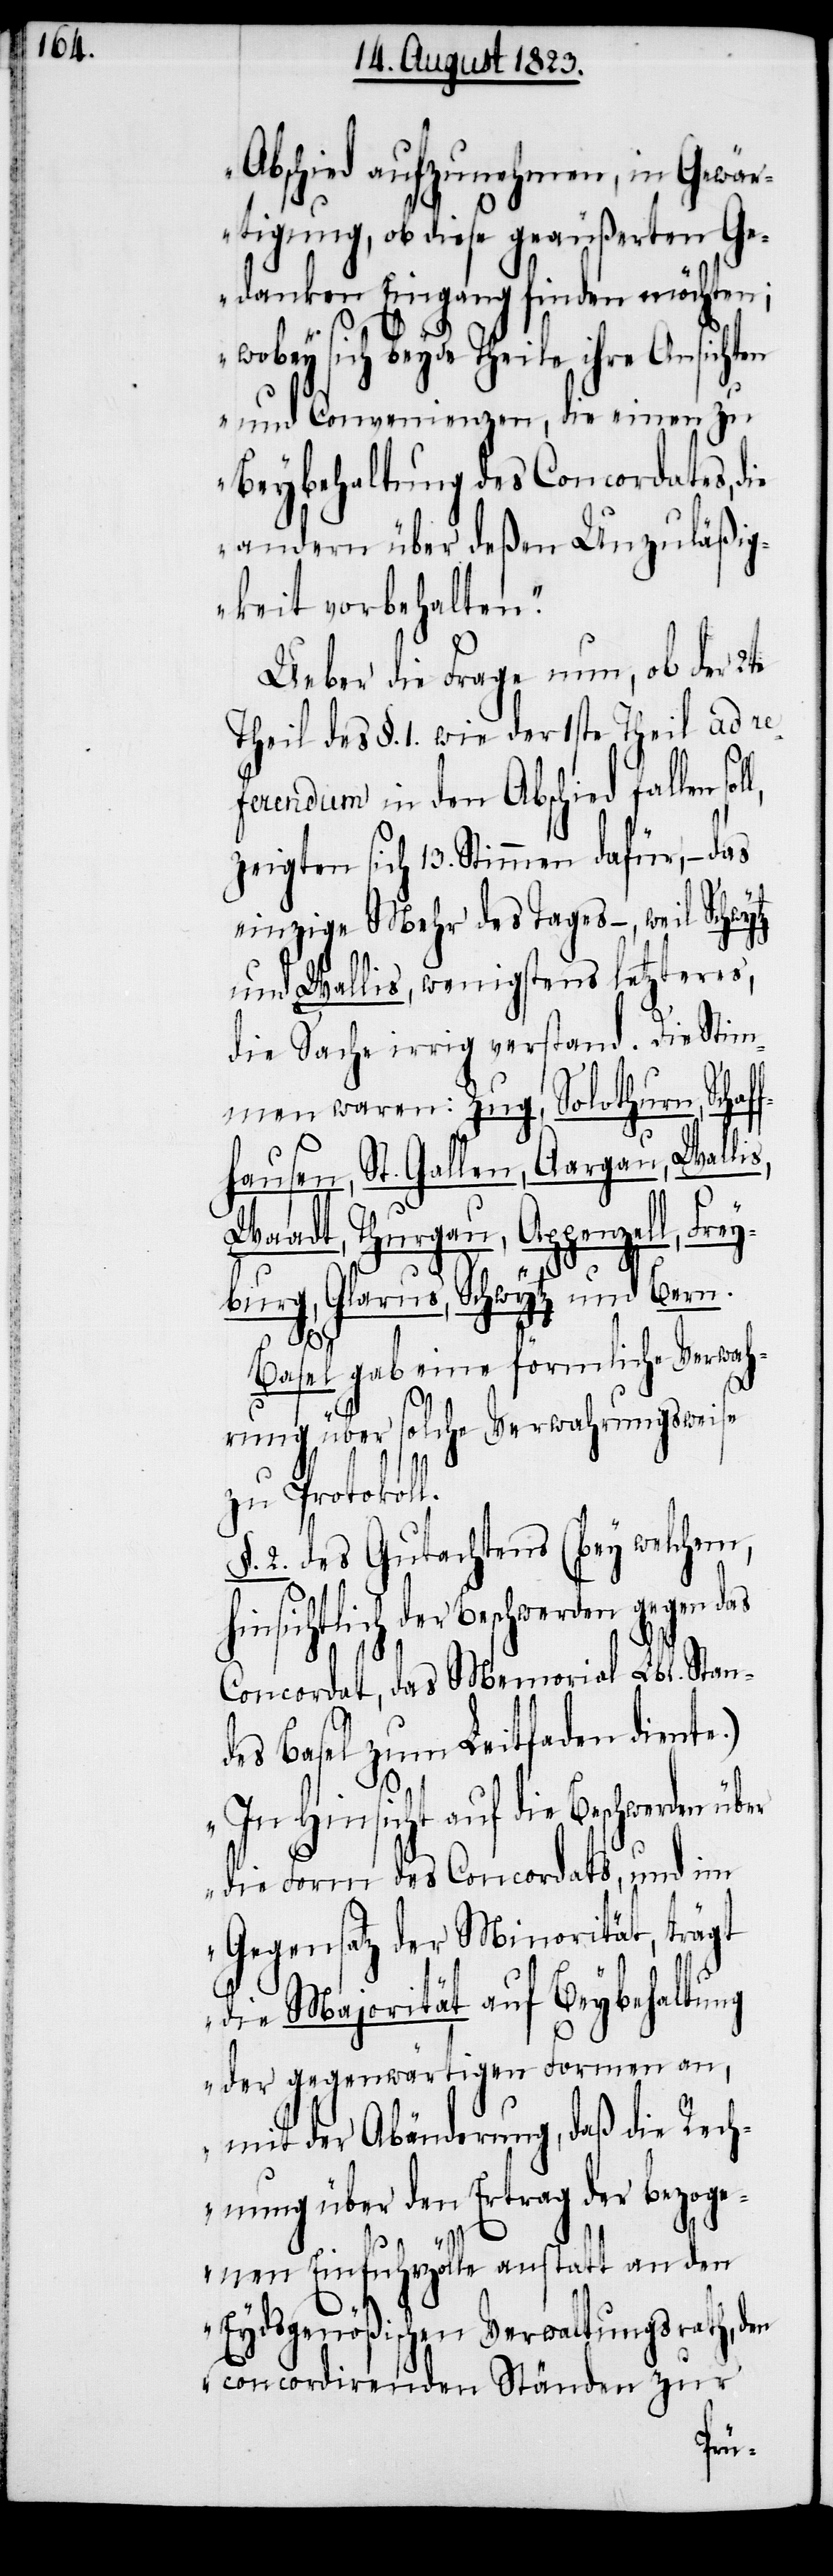
Abschied aufzunehmen, in Gewär¬
tigung, ob diese geäußerten Ge¬
danken Eingang finden möchten;
wobey sich beyde Theile ihre Ansichten
und Convenienzen, die einen zu
Beybehaltung des Concordates, die
andern über deßen Unzuläßig¬
keit vorbehalten.“
Ueber die Frage nun, ob der 2te
Theil des §. 1. wie der 1ste Theil ad re¬
ferendum in den Abschied fallen
zeigten sich 13. Stimmen dafür, − das
einzige Mehr des Tages −, weil Schw¬
und Wallis, wenigstens letzteres,
die Sache irrig verstand. Die Stim¬
men waren: Zug, Solothurn, Schaf¬
fhausen, St. Gallen, Aargau, Wallis,
Waadt, Thurgau, Appenzell, Frey¬
burg, Glarus, Schwytz und Bern.
ytz
Basel gab eine förmliche Verwah¬
rung über solche Verwahrungsweise
zu Protokoll.
§. 2. des Gutachtens (bey welchem,
hinsichtlich der Beschwerden gegen das
Concordat, das Memorial Lbl. Stan¬
des Basel zum Leitfaden diente.)
„In Hinsicht auf die Beschwerden
die Form des Concordats, und im
Gegensatz der Minorität, trägt
die Majorität auf Beybehaltung
der gegenwärtigen Formen an,
mit der Abänderung, daß die Rech¬
nung über den Ertrag der bezoge¬
nen Einfuhrzölle anstatt an den
Eydsgenößischen Verwaltungsrath, den
concordirenden Ständen zur